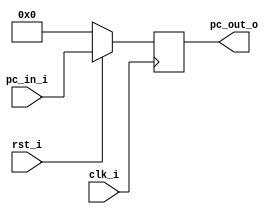
// 0317001_0310511
//Subject:     CO project 3 - PC
//--------------------------------------------------------------------------------
//Version:     1
//--------------------------------------------------------------------------------
//Writer:      
//----------------------------------------------
//Date:        
//----------------------------------------------
//Description: 
//--------------------------------------------------------------------------------

module ProgramCounter(
    clk_i,
	rst_i,
	pc_in_i,
	pc_out_o
);
     
//I/O ports
input           clk_i;
input	        rst_i;
input  [32-1:0] pc_in_i;
output [32-1:0] pc_out_o;
 
//Internal Signals
reg    [32-1:0] pc_out_o;
 
//Parameter

    
//Main function
always @(posedge clk_i) begin
    if(~rst_i)
	    pc_out_o <= 0;
	else
	    pc_out_o <= pc_in_i;
end

endmodule